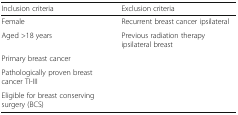
<table><thead><tr><td><b>Inclusion criteria</b></td><td><b>Exclusion criteria</b></td></tr></thead><tbody><tr><td>Female</td><td>Recurrent breast cancer ipsilateral</td></tr><tr><td>Aged &gt;18 years</td><td>Previous radiation therapy ipsilateral breast</td></tr><tr><td>Primary breast cancer</td><td></td></tr><tr><td>Pathologically proven breast cancer TI-III</td><td></td></tr><tr><td>Eligible for breast conserving surgery (BCS)</td><td></td></tr></tbody></table>